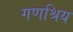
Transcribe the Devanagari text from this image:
गणश्रिय